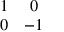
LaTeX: \begin{array} { c c } { { 1 } } & { { 0 } } \\ { { 0 } } & { { - 1 } } \end{array}